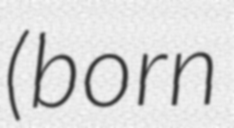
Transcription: (born